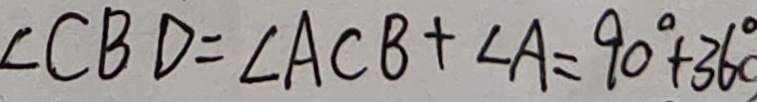
\angle C B D = \angle A C B + \angle A = 9 0 ^ { \circ } + 3 6 0 ^ { \circ }